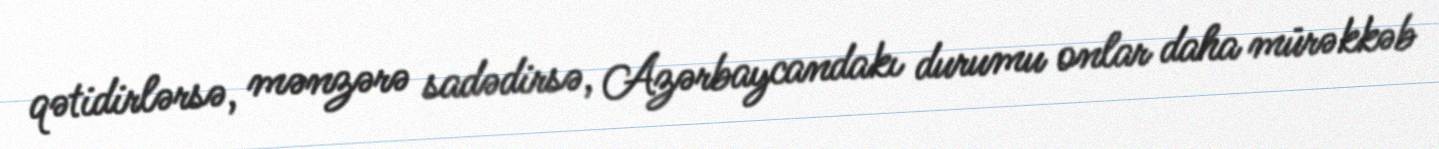
qətidirlərsə, mənzərə sadədirsə, Azərbaycandakı durumu onlar daha mürəkkəb